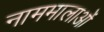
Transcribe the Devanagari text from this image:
नाममालाओं